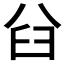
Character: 𠔒